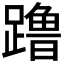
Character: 𬧔